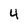
Character: 4